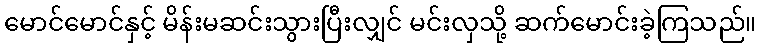
မောင်မောင်နှင့် မိန်းမဆင်းသွားပြီးလျှင် မင်းလှသို့ ဆက်မောင်းခဲ့ကြသည်။